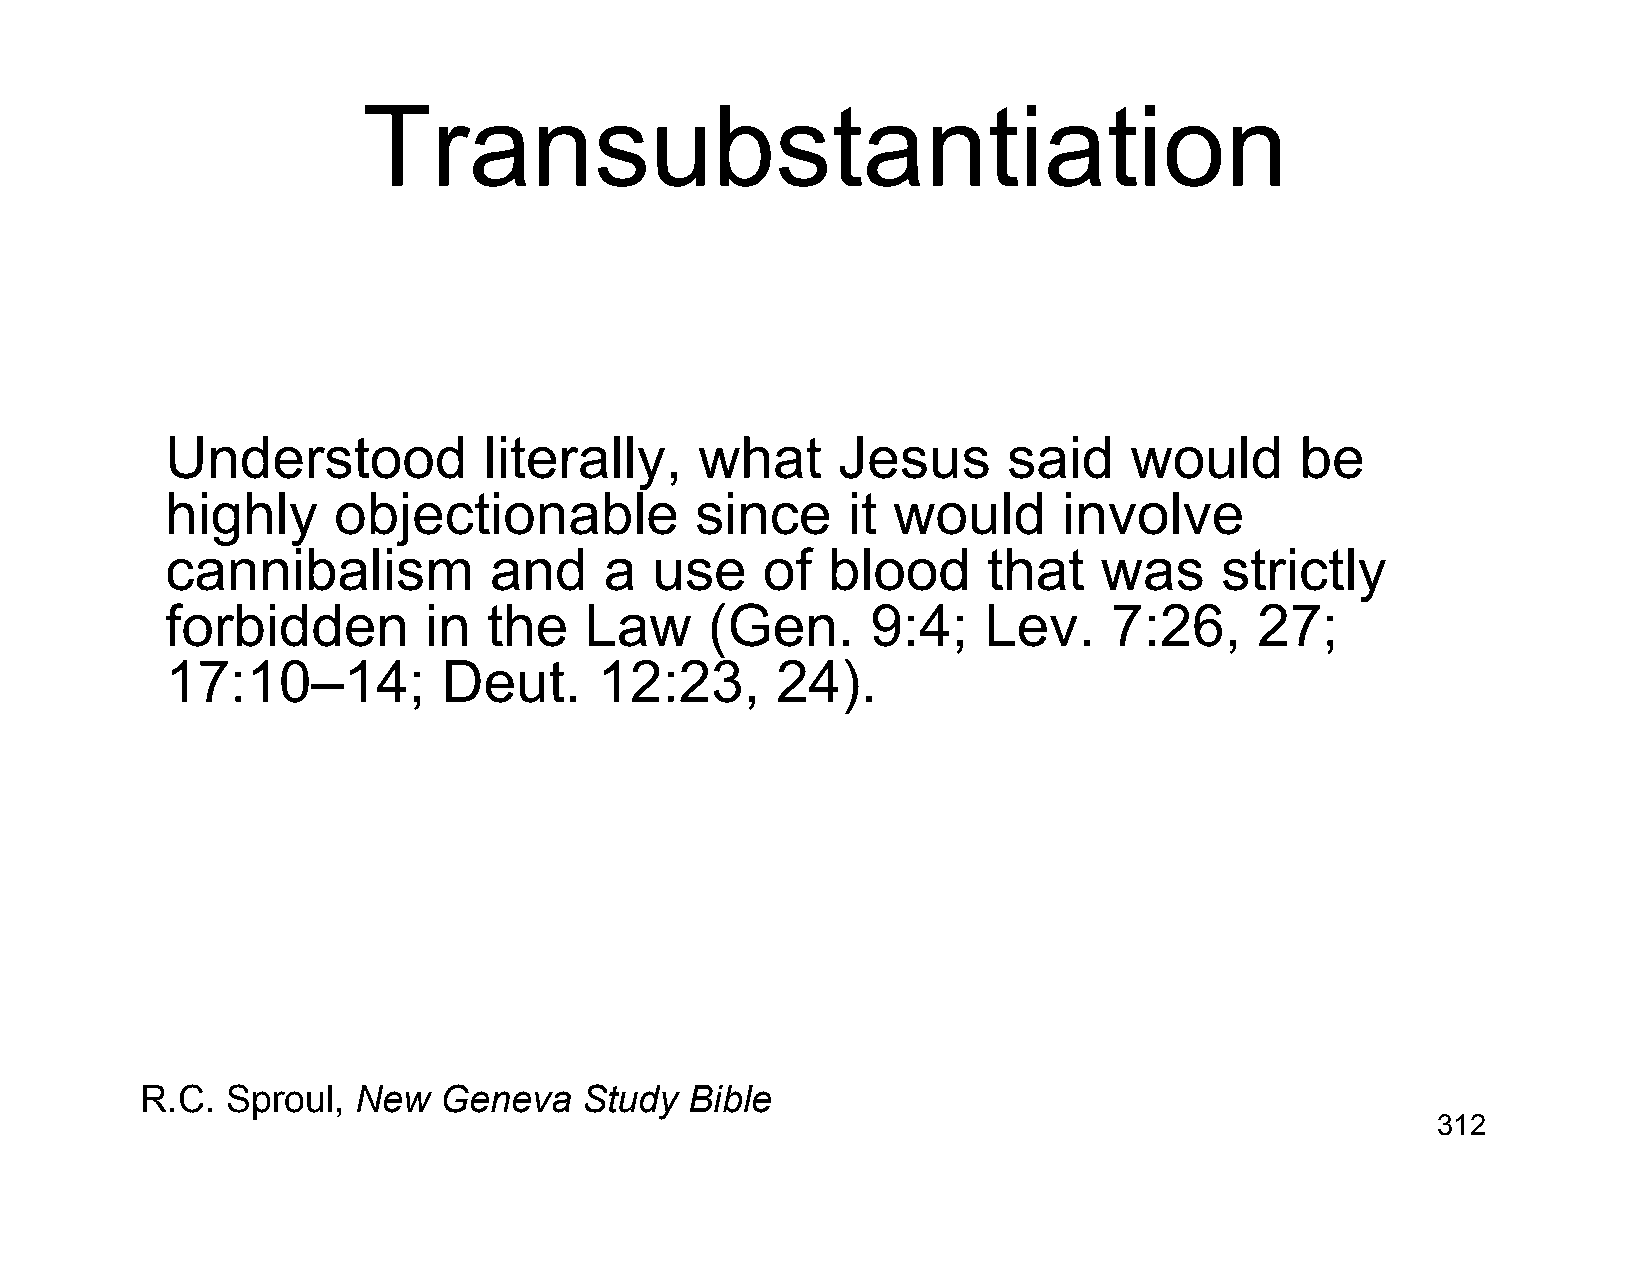
Transubstantiation
 Understood           literally,    what     Jesus       said    would      be
 highly     objectionable           since     it would      involve
 cannibalism          and     a  use    of   blood     that    was     strictly
 forbidden        in  the    Law     (Gen.      9:4;   Lev.     7:26,    27;
 17:10–14;         Deut.      12:23,     24).
 R.C.  Sproul, New   Geneva    Study  Bible
 312